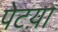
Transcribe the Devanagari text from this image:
पेटय़ा